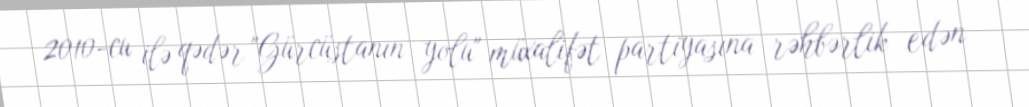
2010-cu ilə qədər "Gürcüstanın yolu" müxalifət partiyasına rəhbərlik edən